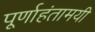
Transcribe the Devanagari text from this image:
पूर्णाहंतामयी